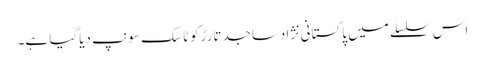
اس سلسلے میں پاکستانی نژادساجدتارڑکوٹاسک سونپ دیاگیا ہے۔